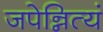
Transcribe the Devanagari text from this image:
जपेन्नित्यं